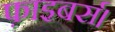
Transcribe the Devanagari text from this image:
फ़ाइबर्स।